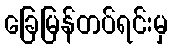
ခြေမြန်တပ်ရင်းမှ